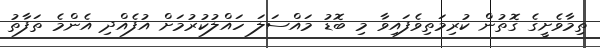
ތިމާވެށީގެ ގޮތުން ކުރިމަތިވެފައިވާ މި ބޮޑު މައްސަލަ ހައްލުކުރުމަށް އުފެއްދި އެންމެ ތަފާތު